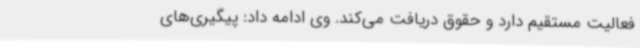
فعالیت مستقیم دارد و حقوق دریافت می‌کند. وی ادامه داد: پیگیری‌های